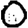
Digit: 0